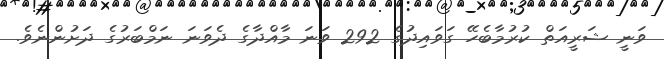
ވަނީ ޝަރީއަތް ކުރުމާބެހޭ ގަވައިދުގެ 292 ވަނަ މާއްދާގެ ދެވަނަ ނަމްބަރުގެ ދަށުންނެވެ.